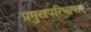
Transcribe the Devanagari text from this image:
प्रमुखपरिभाषाएं